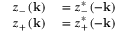
\begin{array} { r l } { z _ { - } \left( \mathbf { k } \right) } & { { } = z _ { - } ^ { * } \left( - \mathbf { k } \right) } \\ { z _ { + } \left( \mathbf { k } \right) } & { { } = z _ { + } ^ { * } \left( - \mathbf { k } \right) } \end{array}